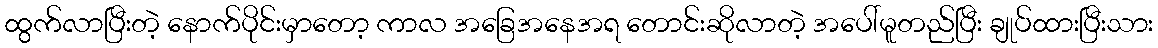
ထွက်လာပြီးတဲ့ နောက်ပိုင်းမှာတော့ ကာလ အခြေအနေအရ တောင်းဆိုလာတဲ့ အပေါ်မူတည်ပြီး ချုပ်ထားပြီးသား